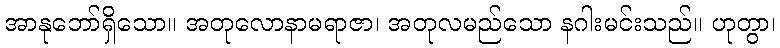
အာနုဘော်ရှိသော။ အတုလောနာမရာဇာ၊ အတုလမည်သော နဂါးမင်းသည်။ ဟုတွာ၊